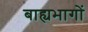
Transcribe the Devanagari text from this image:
बाह्यभागों